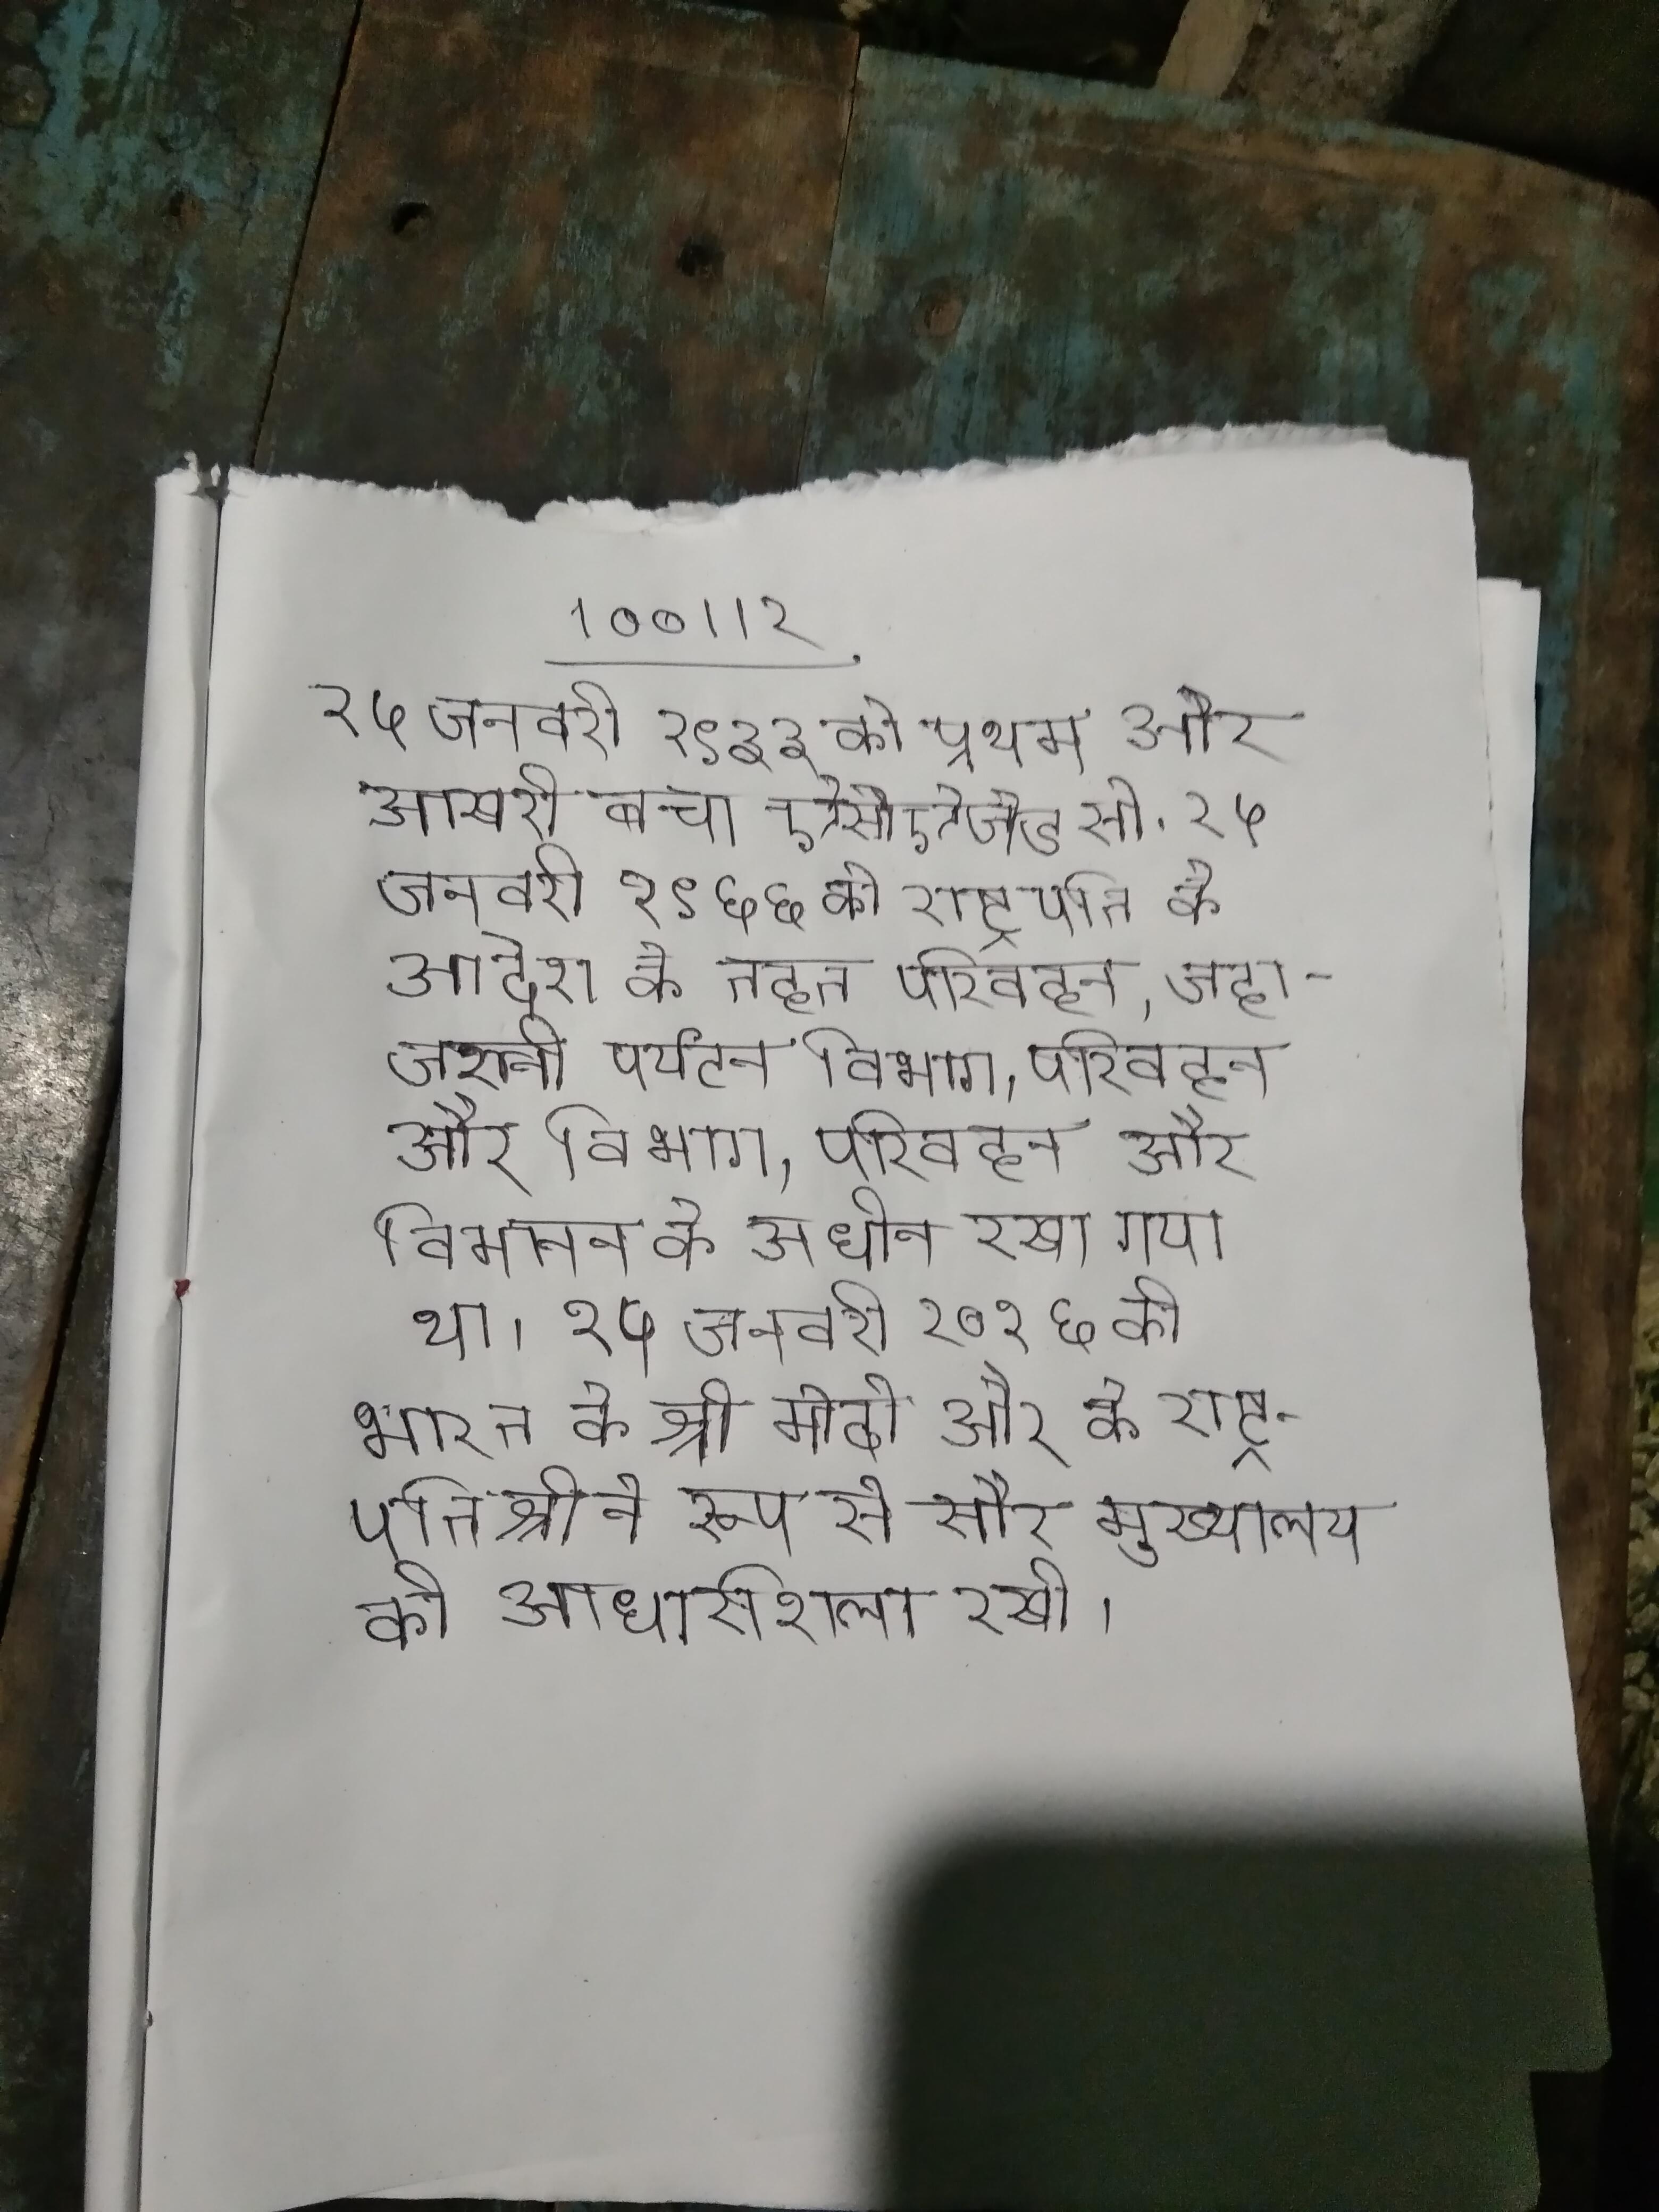
२५ जनवरी १९३३ को प्रथम और आखरी बचा ऐसीऐजेड सी . २५ जनवरी १९६६ को राष्ट्रपति के आदेश के तहत परिवहन,जहाजरानी पर्यटन विभाग, परिवहन और विमानन के अधीन रखा गया था । २५ जनवरी २०१६ को भारत के श्री मोदी और के राष्ट्रपति श्री ने रूप से सौर मुख्यालय की आधारशिला रखी ।